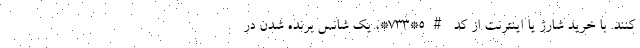
کنند. با خرید شارژ یا اینترنت از کد #5*733*، یک شانس برنده شدن در